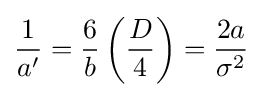
{\frac {1}{a'}}={\frac {6}{b}}\left({\frac {D}{4}}\right)={\frac {2a}{\sigma ^{2}}}